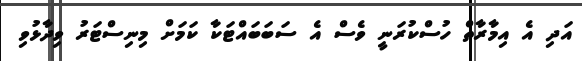
އަދި އެ އިމާރާތް ހުސްކުރަނީ ވެސް އެ ސަބަބައްޓަކާ ކަމަށް މިނިސްޓަރު ވިދާޅުވި